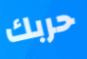
حربك